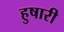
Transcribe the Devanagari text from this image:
हुषारी